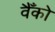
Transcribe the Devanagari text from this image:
वैँको